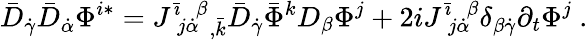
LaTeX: \bar{D}_{\dot{\gamma}}\bar{D}_{\dot{\alpha}}\Phi^{i*}=J^{\bar{\imath}}\! _{j\dot{\alpha}}\! ^{\beta}{}_{,\bar{k}}\bar{D}_{\dot{\gamma}}\bar{\Phi}^{k}D_{\beta}\Phi^{j}+2iJ^{\bar{\imath}}\! _{j\dot{\alpha}}\! ^{\beta}\delta_{\beta\dot{\gamma}}\partial_{t}\Phi^{j}\ .